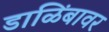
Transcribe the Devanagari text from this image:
डाळिंबावर